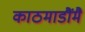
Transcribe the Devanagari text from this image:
काठमाडौंमै